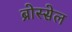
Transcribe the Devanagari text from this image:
ब्रोस्सेल